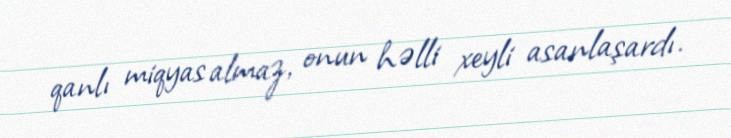
qanlı miqyas almaz, onun həlli xeyli asanlaşardı.